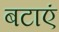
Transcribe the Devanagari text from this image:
बटाएं